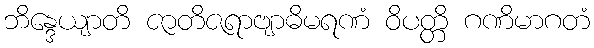
ဘိန္ဒေယျာတိ ဇာတိဇရာဗျာဓိမရဏံ ဝိပတ္တိ ဂဏိမာဂတံ